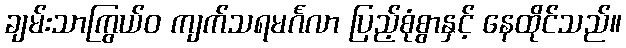
ချမ်းသာကြွယ်ဝ ကျက်သရမင်္ဂလာ ပြည့်စုံစွာနှင့် နေထိုင်သည်။